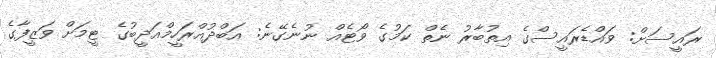
ރައީސަށް: ވައްޑެރައީސްގެ އިތުބާރު ނެތް ކަމުގެ ވޯޓެއް ނުނެގޭނެ: އަބްދުއްރަހީމްއަދީބުގެ ޓީމަށް ވަޒީފާގެ